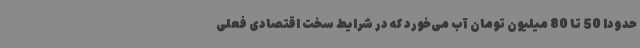
حدودا 50 تا 80 میلیون تومان آب می‌خورد که در شرایط سخت اقتصادی فعلی